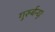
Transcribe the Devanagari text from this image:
गुरुर्बन्धुः